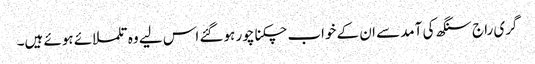
گری راج سنگھ کی آمد سے ان کے خواب چکنا چور ہوگئے اس لیے وہ تلملائے ہوئے ہیں۔